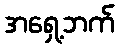
အရှေ့ဘက်